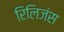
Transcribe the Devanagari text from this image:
रिलिजंस